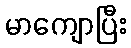
မာကျောပြီး